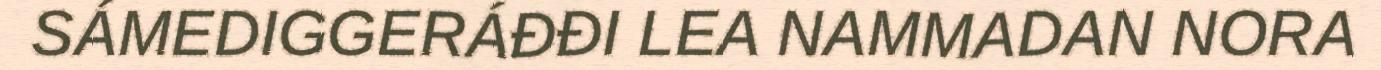
SÁMEDIGGERÁĐĐI LEA NAMMADAN NORA